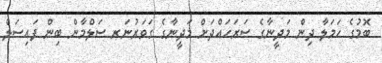
ބޮމުގެ ހަމަލާ ދިން މަދީނާގެ ސަރަހައްދަށް މަދީނާގެ ގަވަރުނަރ ސަލްމާން ބިން ފައިސަލް